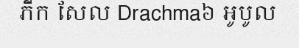
ភីក សែល Drachma៦ អូបូល